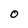
Character: O